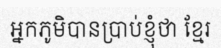
អ្នកភូមិបានប្រាប់ខ្ញុំថា ខ្មែរ